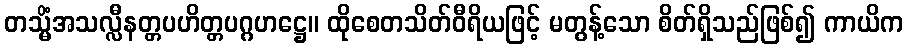
တသ္မိံအသလ္လီနတ္တပဟိတ္တပဂ္ဂဟဋ္ဌေ။ ထိုစေတသိတ်ဝီရိယဖြင့် မတွန့်သော စိတ်ရှိသည်ဖြစ်၍ ကာယိက